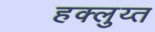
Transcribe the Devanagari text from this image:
हक्लुय्त